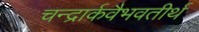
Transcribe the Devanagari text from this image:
चन्द्रार्कवैभवतीर्थ